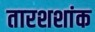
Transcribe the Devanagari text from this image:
तारशशांक